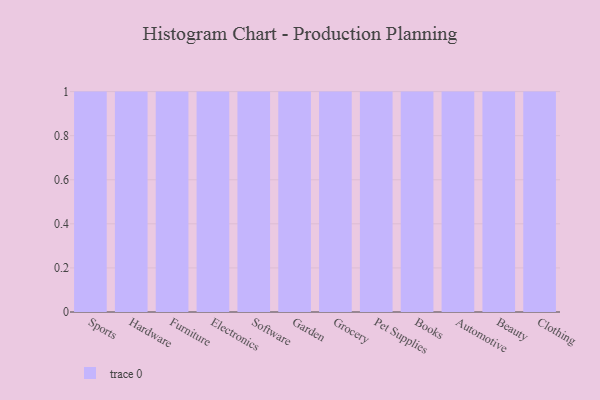
{"axis": {"x": "Category", "y": "Net Income (USD K)"}, "legend": [""], "data": [{"x": "Sports", "y": 44, "type": ""}, {"x": "Hardware", "y": 57, "type": ""}, {"x": "Furniture", "y": 81, "type": ""}, {"x": "Electronics", "y": 42, "type": ""}, {"x": "Software", "y": 39, "type": ""}, {"x": "Garden", "y": 56, "type": ""}, {"x": "Grocery", "y": 8, "type": ""}, {"x": "Pet Supplies", "y": 83, "type": ""}, {"x": "Books", "y": 22, "type": ""}, {"x": "Automotive", "y": 76, "type": ""}, {"x": "Beauty", "y": 39, "type": ""}, {"x": "Clothing", "y": 13, "type": ""}]}